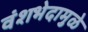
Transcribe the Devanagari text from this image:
वंशभेदामुळे